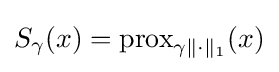
S_{\gamma }(x)=\operatorname {prox} _{\gamma \|\cdot \|_{1}}(x)